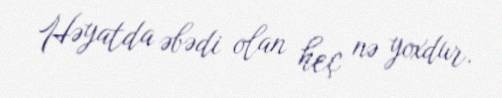
Həyatda əbədi olan heç nə yoxdur.